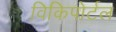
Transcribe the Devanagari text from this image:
विकिपोर्टल